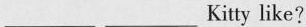
___ ___Kitty like?